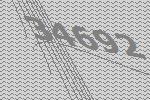
34692